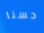
حسنا